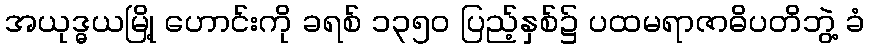
အယုဒ္ဓယမြို့ ဟောင်းကို ခရစ် ၁၃၅၀ ပြည့်နှစ်၌ ပထမရာဇာဓိပတိဘွဲ့ ခံ